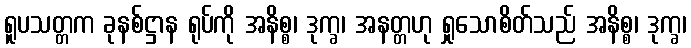
ရူပသတ္တက ခုနစ်ဋ္ဌာန ရုပ်ကို အနိစ္စ၊ ဒုက္ခ၊ အနတ္တဟု ရှုသောစိတ်သည် အနိစ္စ၊ ဒုက္ခ၊